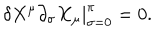
\left. \delta X ^ { \mu } \partial _ { \sigma } X _ { \mu } \right| _ { \sigma = 0 } ^ { \pi } = 0 .